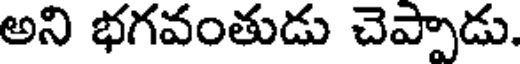
అని భగవంతుడు చెప్పాడు.